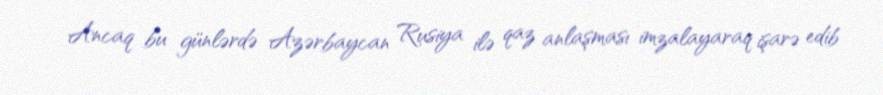
Ancaq bu günlərdə Azərbaycan Rusiya ilə qaz anlaşması imzalayaraq işarə edib